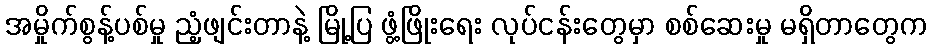
အမှိုက်စွန့်ပစ်မှု ညံ့ဖျင်းတာနဲ့ မြို့ပြ ဖွံ့ဖြိုးရေး လုပ်ငန်းတွေမှာ စစ်ဆေးမှု မရှိတာတွေက